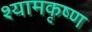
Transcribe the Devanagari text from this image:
श्यामकृष्ण